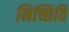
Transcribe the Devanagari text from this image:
निच्छिवि